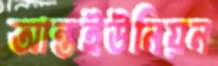
আন্তইউনিয়ন